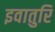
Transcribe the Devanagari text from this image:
इवातुरि